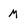
Character: M